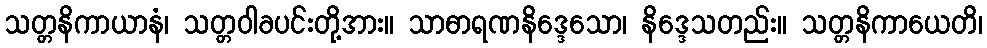
သတ္တနိကာယာနံ၊ သတ္တဝါခပင်းတို့အား။ သာဓာရဏနိဒ္ဒေသော၊ နိဒ္ဒေသတည်း။ သတ္တနိကာယေတိ၊